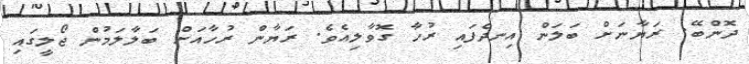
ދޮންބޭ. ރަޔާނަށް ބަލަން އިނދެފައި ރުހާ ގޮވާލިއެވެ. ރަޔާން ރުހާއަށް ބަލާލަމުން ޖޯލީގައި